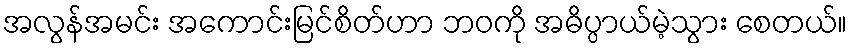
အလွန်အမင်း အကောင်းမြင်စိတ်ဟာ ဘဝကို အဓိပ္ပာယ်မဲ့သွား စေတယ်။